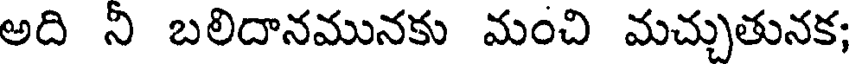
అది ని బలిదానమునకు మంచి మచ్చుతునక;